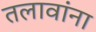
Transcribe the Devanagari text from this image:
तलावांना